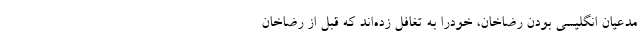
مدعیان انگلیسی بودن رضاخان، خودرا به تغافل زده‌اند که قبل از رضاخان